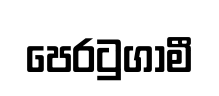
පෙරටුගාමී